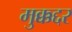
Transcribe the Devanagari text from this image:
मुक्कद्दर